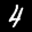
Label: 4